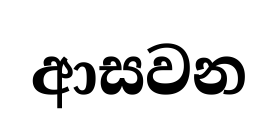
ආසවන